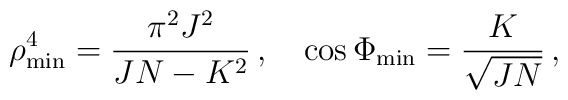
\rho _{\rm min}^4=\frac{\pi ^2J^2}{JN-K^2}\, , \quad \cos \Phi _{\rm min}=\frac{K}{\sqrt{JN}}\, ,